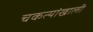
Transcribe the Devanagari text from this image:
चकत्यांखाली